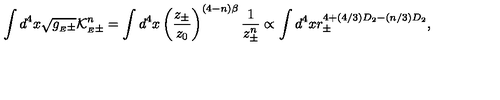
\int d ^ { 4 } x \sqrt { g _ { { } _ { E } \pm } } { \cal K } _ { { } _ { E } \pm } ^ { n } = \int d ^ { 4 } x \left( { \frac { z _ { \pm } } { z _ { 0 } } } \right) ^ { ( 4 - n ) \beta } { \frac { 1 } { z _ { \pm } ^ { n } } } \propto \int d ^ { 4 } x r _ { \pm } ^ { 4 + ( 4 / 3 ) D _ { 2 } - ( n / 3 ) D _ { 2 } } ,